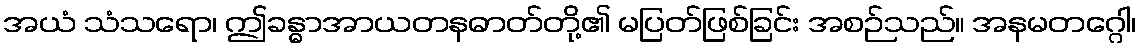
အယံ သံသရော၊ ဤခန္ဓာအာယတနဓာတ်တို့၏ မပြတ်ဖြစ်ခြင်း အစဉ်သည်။ အနမတဂ္ဂေါ၊